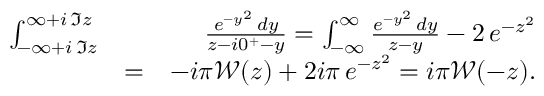
\begin{array} { r l r } { \int _ { - \infty + i \, \Im z } ^ { \infty + i \, \Im z } } & { } & { \frac { e ^ { - y ^ { 2 } } \, d y } { z - i 0 ^ { + } - y } = \int _ { - \infty } ^ { \infty } \frac { e ^ { - y ^ { 2 } } \, d y } { z - y } - 2 \, e ^ { - z ^ { 2 } } } \\ & { = } & { - i \pi \mathcal { W } ( z ) + 2 i \pi \, e ^ { - z ^ { 2 } } = i \pi \mathcal { W } ( - z ) . } \end{array}